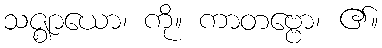
သဇ္ဈာယော၊ ကို။ ကာတဗ္ဗော၊ ၏။